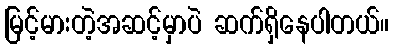
မြင့်မားတဲ့အဆင့်မှာပဲ ဆက်ရှိနေပါတယ်။